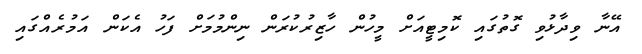
އޭނާ ވިދާޅުވި ގޮތުގައި ކޮމިޓީއަށް މީހުން ހާޒިރުކުރަން ނިންމުމަށް ފަހު އެކަން އަމުރެއްގައި